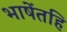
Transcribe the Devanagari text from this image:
भाषेंतहि